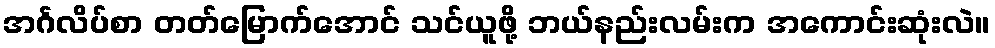
အင်္ဂလိပ်စာ တတ်မြောက်အောင် သင်ယူဖို့ ဘယ်နည်းလမ်းက အကောင်းဆုံးလဲ။